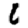
Digit: 6